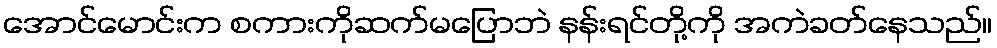
အောင်မောင်းက စကားကိုဆက်မပြောဘဲ နန်းရင်တို့ကို အကဲခတ်နေသည်။